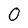
Character: O